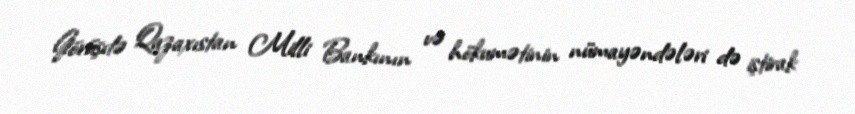
Görüşdə Qazaxıstan Milli Bankının və hökumətinin nümayəndələri də iştirak